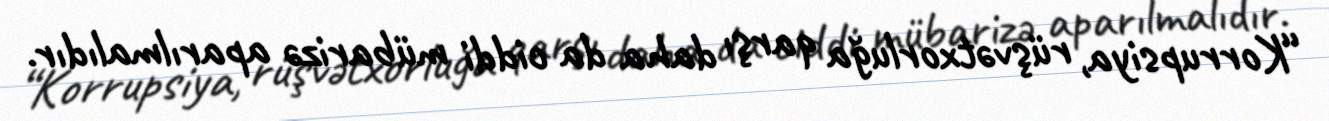
“Korrupsiya, rüşvətxorluğa qarşı daha da ciddi mübarizə aparılmalıdır.